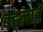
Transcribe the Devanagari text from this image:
बहलाते